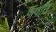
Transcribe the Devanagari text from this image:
पंगति